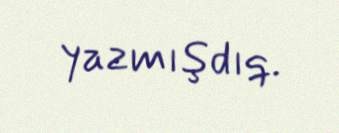
yazmışdıq.